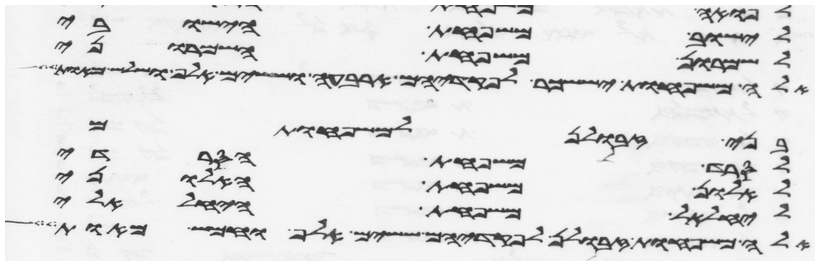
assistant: לישוב משפחת הישובי
לשמרון משפחת השמרוני
אלה משפחות יששכר לפקדיהם ארבעה וששים אלף ושלש מאות
בני זבולן למשפחותם
לסרד משפחת הסרדי
לאלון משפחת האלוני
ליחלאל משפחת היחלאלי
אלה משפחות זבולן לפקדיהם ששים אלף וחמש מאות